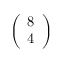
\left( \begin{array} { l } { 8 } \\ { 4 } \end{array} \right)